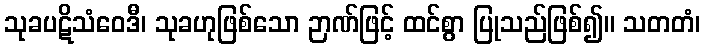
သုခပဋိသံဝေဒီ၊ သုခဟုဖြစ်သော ဉာဏ်ဖြင့် ထင်စွာ ပြုသည်ဖြစ်၍။ သတတံ၊